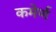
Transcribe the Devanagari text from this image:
कमेर्ण